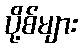
ပို့စ်များ